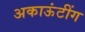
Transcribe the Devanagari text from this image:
अकाऊंटींग